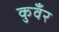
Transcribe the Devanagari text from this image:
कुवँर